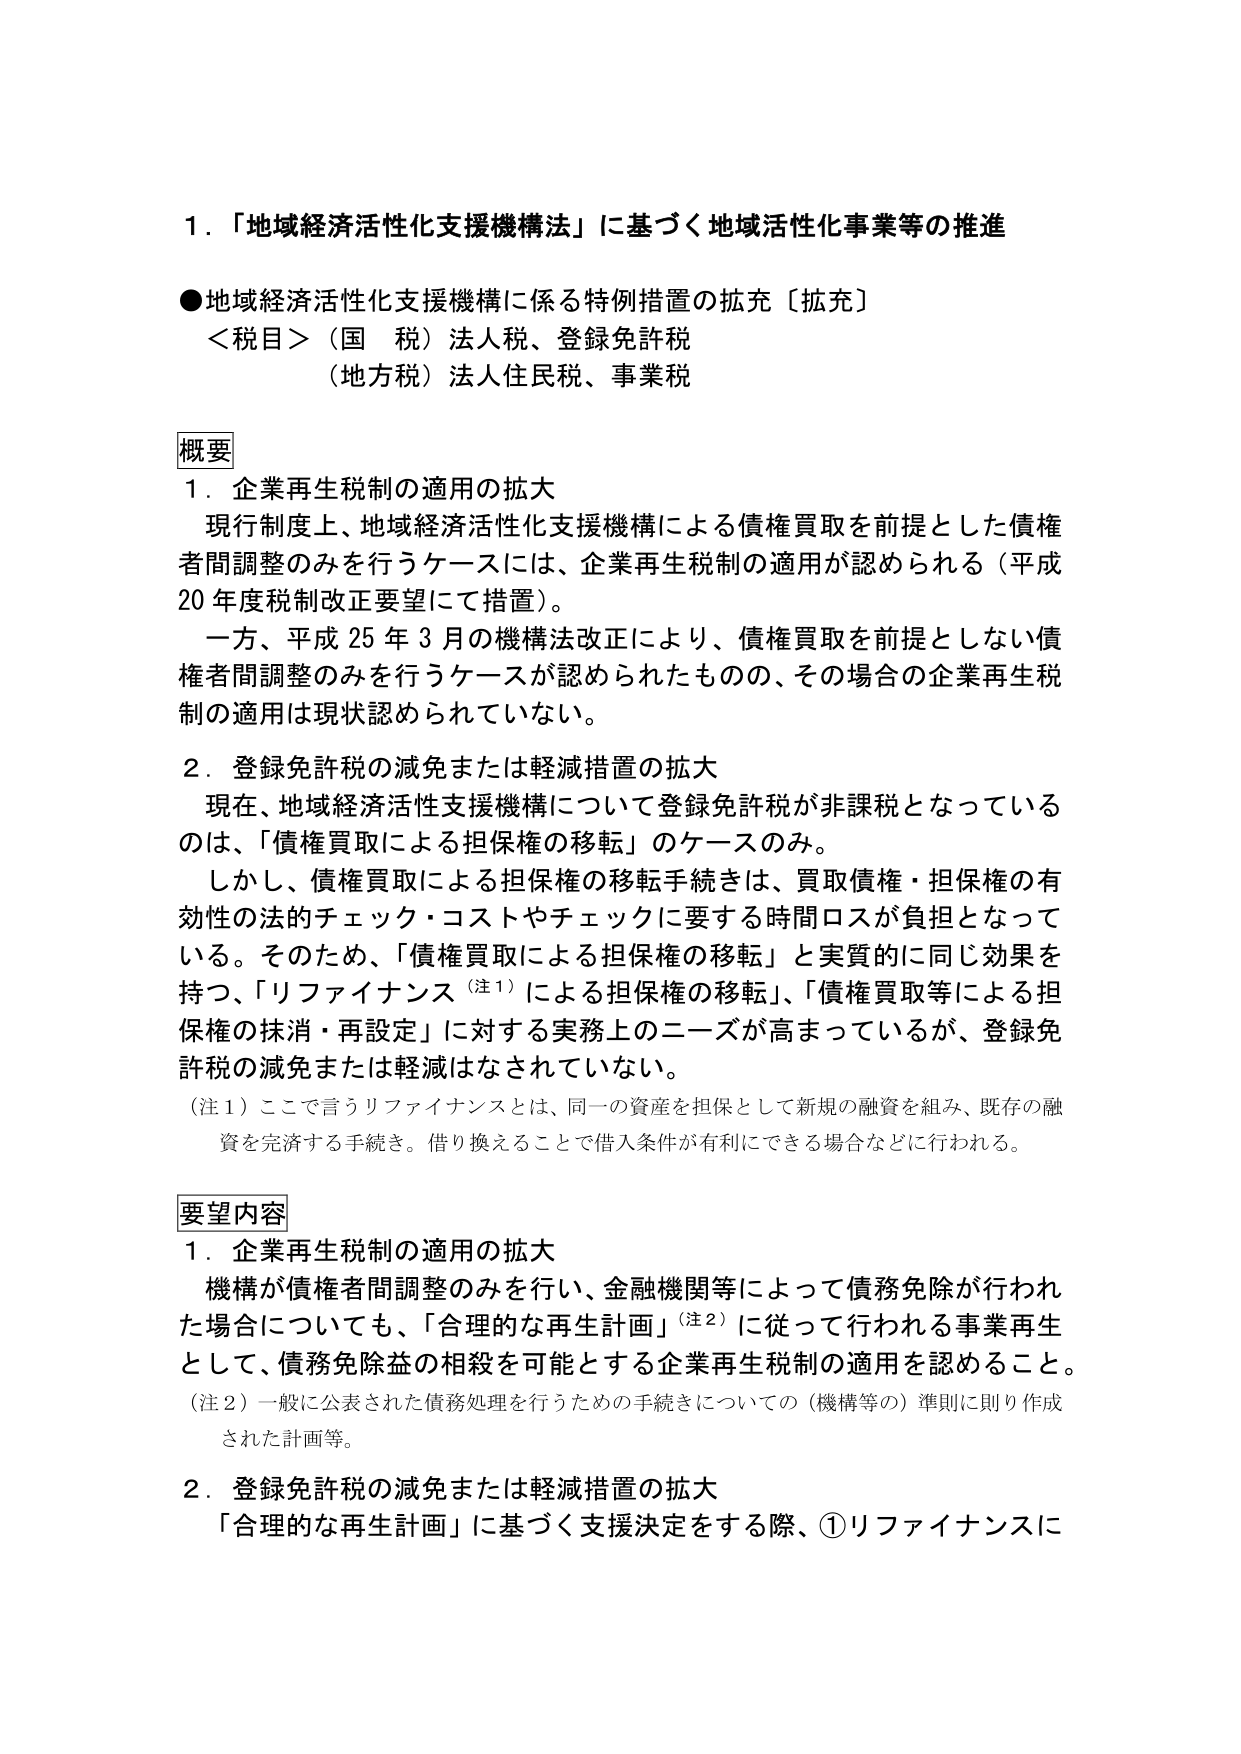
１．「地域経済活性化支援機構法」に基づく地域活性化事業等の推進

●地域経済活性化支援機構に係る特例措置の拡充〔拡充〕
＜税目＞（国　税）法人税、登録免許税
（地方税）法人住民税、事業税

概要
１．企業再生税制の適用の拡大
　現行制度上、地域経済活性化支援機構による債権買取を前提とした債権
者間調整のみを行うケースには、企業再生税制の適用が認められる（平成
20年度税制改正要望にて措置）。
　一方、平成25年3月の機構法改正により、債権買取を前提としない債
権者間調整のみを行うケースが認められたものの、その場合の企業再生税
制の適用は現状認められていない。

２．登録免許税の減免または軽減措置の拡大
　現在、地域経済活性支援機構について登録免許税が非課税となっている
のは、「債権買取による担保権の移転」のケースのみ。
　しかし、債権買取による担保権の移転手続きは、買取債権・担保権の有
効性の法的チェック・コストやチェックに要する時間ロスが負担となって
いる。そのため、「債権買取による担保権の移転」と実質的に同じ効果を
持つ、「リファイナンス（注１）による担保権の移転」、「債権買取等による担
保権の抹消・再設定」に対する実務上のニーズが高まっているが、登録免
許税の減免または軽減はなされていない。
（注１）ここで言うリファイナンスとは、同一の資産を担保として新規の融資を組み、既存の融
　資を完済する手続き。借り換えることで借入条件が有利にできる場合などに行われる。

要望内容
１．企業再生税制の適用の拡大
　機構が債権者間調整のみを行い、金融機関等によって債務免除が行われ
た場合についても、「合理的な再生計画」（注２）に従って行われる事業再生
として、債務免除益の相殺を可能とする企業再生税制の適用を認めること。
（注２）一般に公表された債務処理を行うための手続きについての（機構等の）準則に則り作成
　された計画等。

２．登録免許税の減免または軽減措置の拡大
　「合理的な再生計画」に基づく支援決定をする際、①リファイナンスに